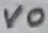
Text: VO